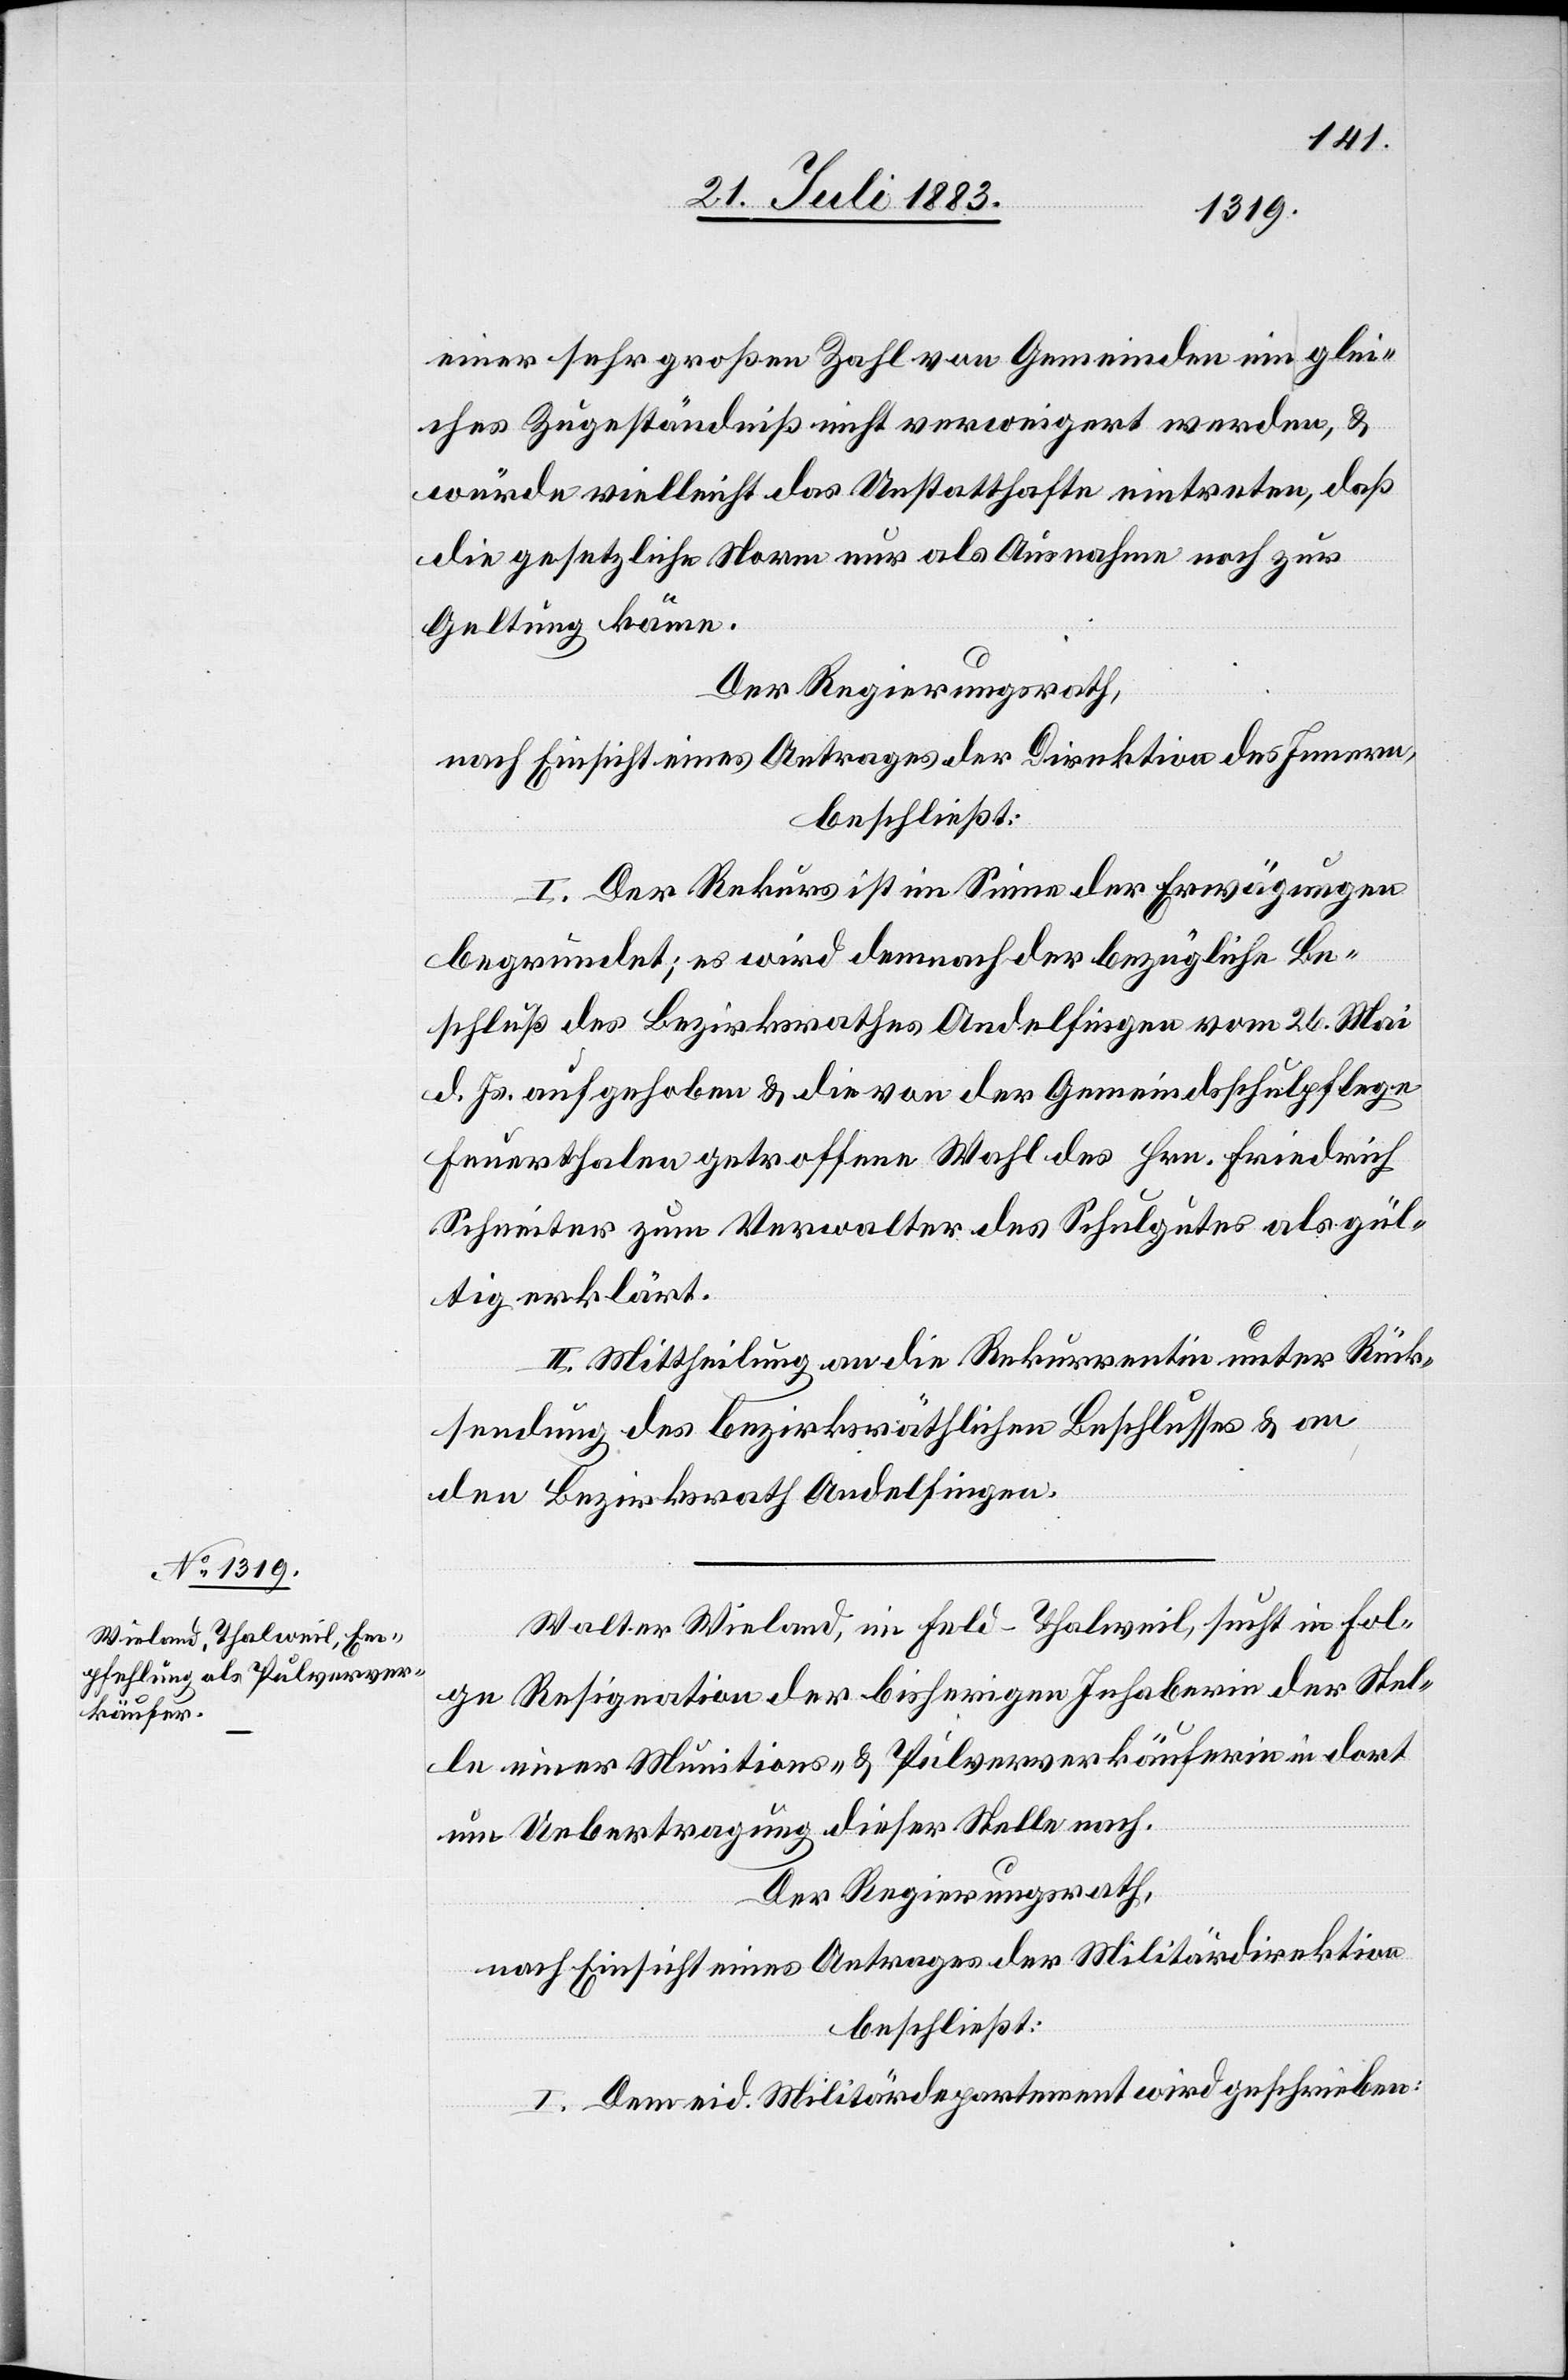
einer sehr großen Zahl von Gemeinden ein gle¬
iches Zugeständniß nicht verweigert werden, &
würde vielleicht das Unstatthafte eintreten, daß
die gesetzliche Norm nur als Ausnahme noch zur
Geltung käme.
Der Regierungsrath,
nach Einsicht eines Antrages der Direktion des Innern,
beschließt:
I. Der Rekurs ist im Sinne der Erwägungen
begründet; es wird demnach der bezügliche Be¬
schluß des Bezirksrathes Andelfingen vom 26. Mai
d. Js. aufgehoben & die von der Gemeindsschulpflege
Feuerthalen getroffene Wahl des Hrn. Friedrich
Schneiter zum Verwalter des Schulgutes als gül¬
tig erklärt.
II. Mittheilung an die Rekurrentin unter Rück¬
sendung des bezirksräthlichen Beschlusses & an
den Bezirksrath Andelfingen.
Walter Wieland, im Feld - Thalweil, sucht in Fol¬
ge Resignation der bisherigen Inhaberin der Stel¬
le einer Munitions- & Pulververkäuferin in dort
um Uebertragung dieser Stelle nach.
Der Regierungsrath,
nach Einsicht eines Antrages der Militärdirektion,
beschließt:
I. Dem eid. Militärdepartement wird geschrieben: